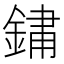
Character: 𨨂